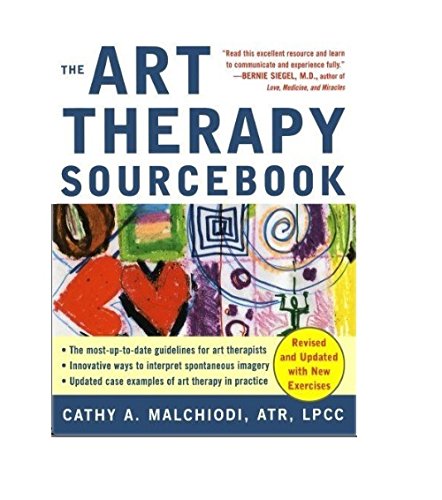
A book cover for Art Therapy Sourcebook (Sourcebooks); Cathy Malchiodi; Medical Books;